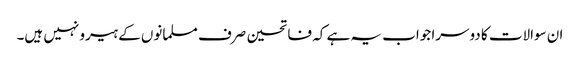
ان سوالات کا دوسرا جواب یہ ہے کہ فاتحین صرف مسلمانوں کے ہیرو نہیں ہیں۔